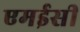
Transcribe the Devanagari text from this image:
एमईसी